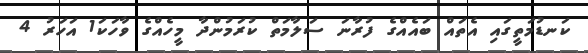
ކަނޑުމަތީގައި އެތައް ބައެއްގެ ފުރާނަ ސަލާމަތް ކުރަމުންދާ މީހެއްގެ ވާހަކަ1 އަހަރު 4